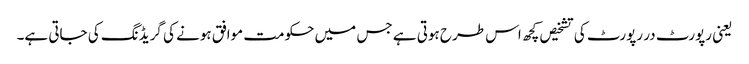
یعنی رپورٹ در رپورٹ کی تشخیص کچھ اس طرح ہوتی ہے جس میں حکومت موافق ہونے کی گریڈنگ کی جاتی ہے۔